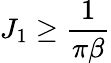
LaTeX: J_{1}\geq\frac{1}{\pi\beta}